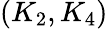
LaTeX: (K_{2},K_{4})